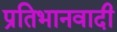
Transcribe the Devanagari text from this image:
प्रतिभानवादी